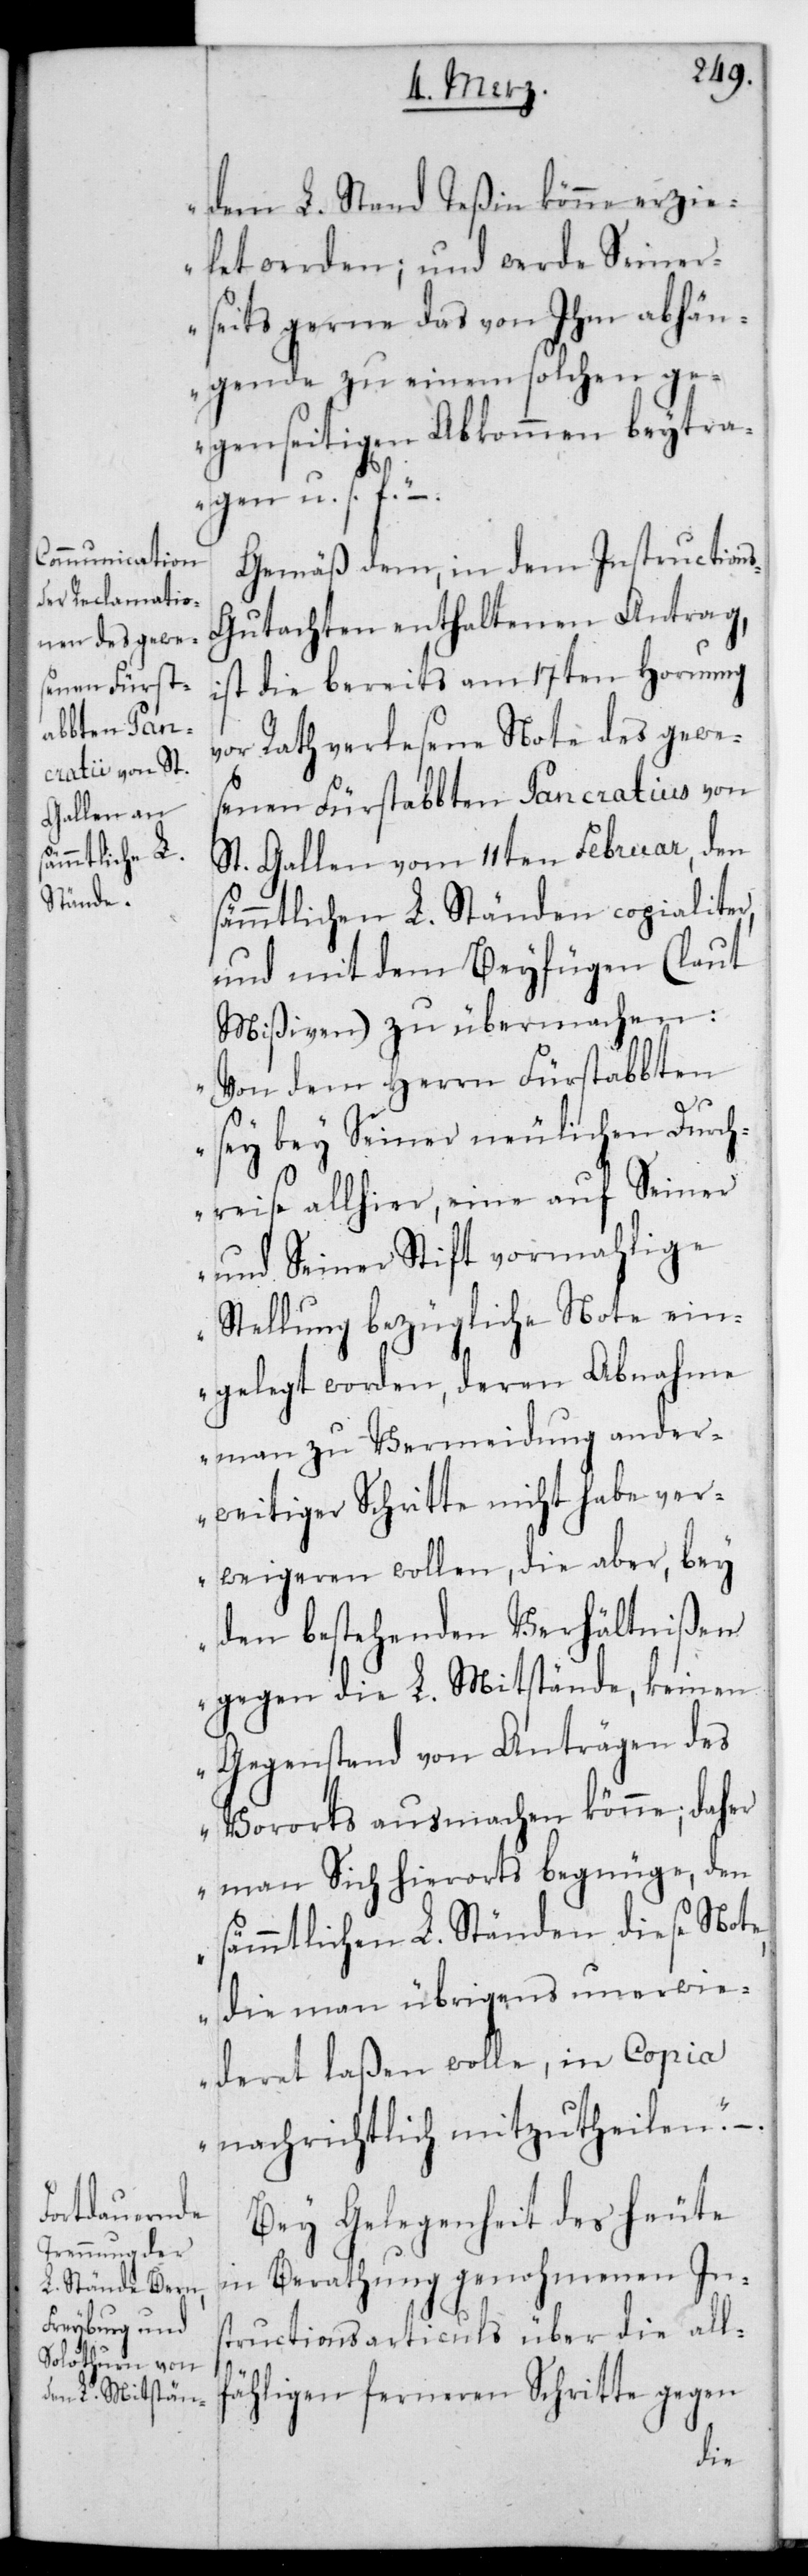
dem L. Stand Teßin könne erzie¬
ltet werden; und werde seiner¬
seits gerne das von Ihm Abhän¬
gende zu einem solchen ge¬
genseitigen Abkommen beytra¬
gen u. s. f.“
Gemäß dem in dem Instruction¬
s-Gutachten enthaltenen Antrag,
ist die bereits am 17ten Hornung
vor Rath verlesene Note des gewe¬
senen Fürstabbten Pancratius von
St. Gallen vom 11ten Februar, den
sämmtlichen L. Ständen copialiter,
und mit dem Beyfügen (laut
Mißiven) zu übermachen:
„Von dem Herrn Fürstabten
sey bey seiner neulichen Durch¬
reise allhier, eine auf seiner
und seiner Stift vormalige
Stellung bezügliche Note ein¬
gelegt worden, deren Abnahme
man zu Vermeidung ander¬
weitiger Schritte nicht habe ver¬
weigeren wollen, die aber, bey
den bestehenden Verhältnißen
gegen die L. Mitstände, keinen
Gegenstand von Anträgen des
Vororts ausmachen könne; daher
man sich hierorts begnüge, den
sämmtlichen L. Ständen diese Note,
die man übrigens unerwi¬
deret laßen wolle, in Copia
nachrichtlich mitzutheilen.“ –.
Bey Gelegenheit des heute
in Berathung genohmenen Ins¬
tructionsarticuls über die all¬
fähligen ferneren Schritte gegen